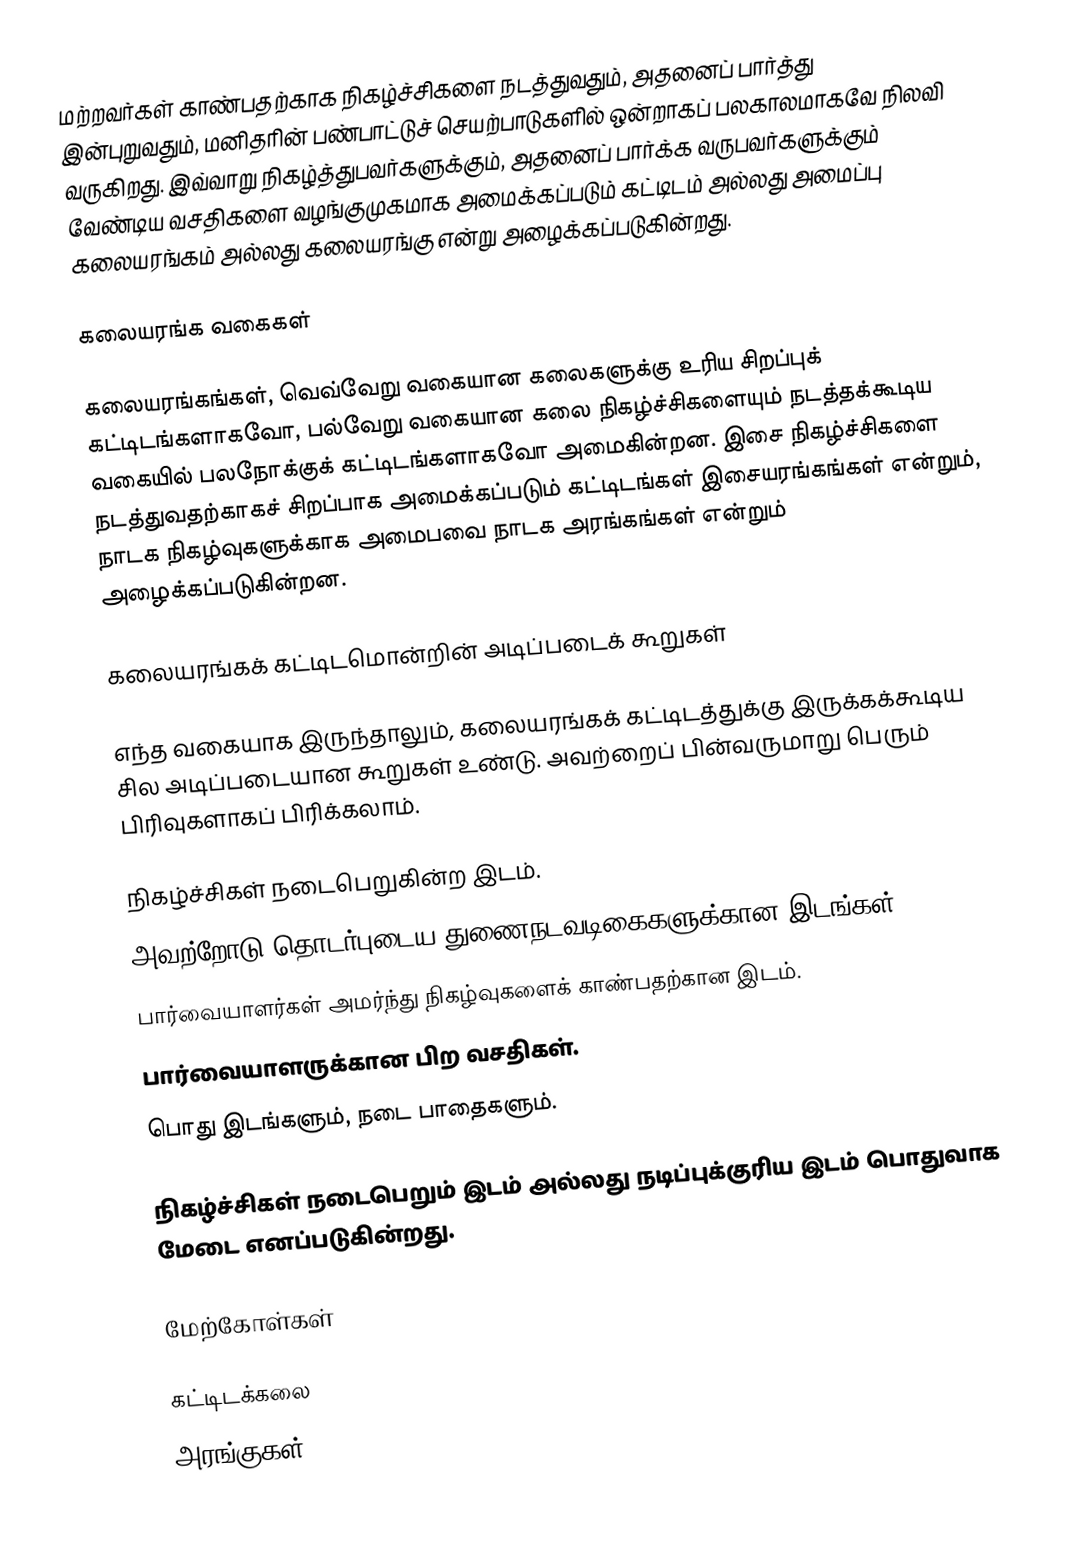
மற்றவர்கள் காண்பதற்காக நிகழ்ச்சிகளை நடத்துவதும், அதனைப் பார்த்து இன்புறுவதும், மனிதரின் பண்பாட்டுச் செயற்பாடுகளில் ஒன்றாகப் பலகாலமாகவே நிலவி வருகிறது. இவ்வாறு நிகழ்த்துபவர்களுக்கும், அதனைப் பார்க்க வருபவர்களுக்கும் வேண்டிய வசதிகளை வழங்குமுகமாக அமைக்கப்படும் கட்டிடம் அல்லது அமைப்பு கலையரங்கம் அல்லது கலையரங்கு என்று அழைக்கப்படுகின்றது.

கலையரங்க வகைகள்

கலையரங்கங்கள், வெவ்வேறு வகையான கலைகளுக்கு உரிய சிறப்புக் கட்டிடங்களாகவோ, பல்வேறு வகையான கலை நிகழ்ச்சிகளையும் நடத்தக்கூடிய வகையில் பலநோக்குக் கட்டிடங்களாகவோ அமைகின்றன. இசை நிகழ்ச்சிகளை நடத்துவதற்காகச் சிறப்பாக அமைக்கப்படும் கட்டிடங்கள் இசையரங்கங்கள் என்றும், நாடக நிகழ்வுகளுக்காக அமைபவை நாடக அரங்கங்கள் என்றும் அழைக்கப்படுகின்றன.

கலையரங்கக் கட்டிடமொன்றின் அடிப்படைக் கூறுகள்

எந்த வகையாக இருந்தாலும், கலையரங்கக் கட்டிடத்துக்கு இருக்கக்கூடிய சில அடிப்படையான கூறுகள் உண்டு. அவற்றைப் பின்வருமாறு பெரும் பிரிவுகளாகப் பிரிக்கலாம்.

 நிகழ்ச்சிகள் நடைபெறுகின்ற இடம்.
 அவற்றோடு தொடர்புடைய துணைநடவடிகைகளுக்கான இடங்கள்.
 பார்வையாளர்கள் அமர்ந்து நிகழ்வுகளைக் காண்பதற்கான இடம்.
 பார்வையாளருக்கான பிற வசதிகள்.
 பொது இடங்களும், நடை பாதைகளும்.

நிகழ்ச்சிகள் நடைபெறும் இடம் அல்லது நடிப்புக்குரிய இடம் பொதுவாக மேடை எனப்படுகின்றது.

மேற்கோள்கள்

கட்டிடக்கலை
அரங்குகள்